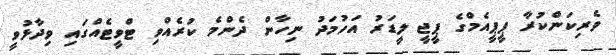
ވެރިކަންކުރާ ޕީޕީއެމްގެ ޕީޖީ ލީޑަރު އަހުމަދު ނިހާން ދެންމެ ކުރެއްވި ޓްވީޓެއްގައި ވިދާޅުވީ